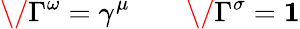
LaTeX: \/ \Gamma^{\omega}=\gamma^{\mu}\qquad\/ \Gamma^{\sigma}={\mathbf 1}